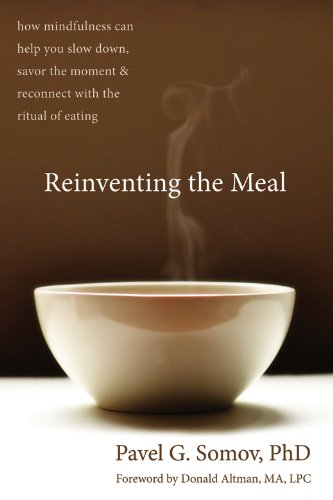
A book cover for Reinventing the Meal: How Mindfulness Can Help You Slow Down, Savor the Moment, and Reconnect with the Ritual of Eating; Pavel G Somov PhD; Self-Help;